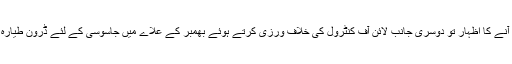
لیکن ایک طرف مذکرات کی منیر پر آنے کا اظہار تو دوسری جانب لائن آف کنٹرول کی خلاف ورزی کرتے ہوئے بھمبر کے علاے میں جاسوسی کے لئے ڈرون طیارہ بھیج دی جسے پاک فوج نے گرا لیا ۔